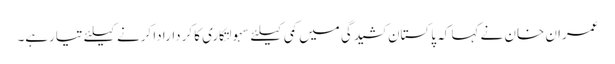
عمران خان نے کہا کہ پاکستان کشیدگی میں کمی کیلئے سہولتکاری کا کردارادا کرنے کیلئے تیارہے۔